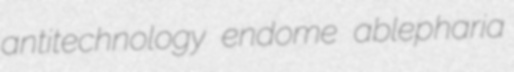
antitechnology endome ablepharia